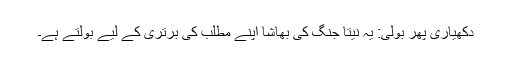
دُکھیاری پھر بولی: یہ نیتا جنگ کی بھاشا اپنے مطلب کی برتری کے لیے بولتے ہے۔